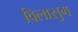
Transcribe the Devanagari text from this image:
विलासुम